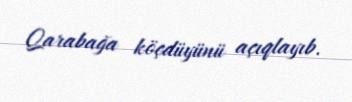
Qarabağa köçdüyünü açıqlayıb.